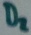
Text: D2